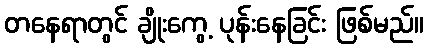
တနေရာတွင် ချိုးကွေ့ ပုန်းနေခြင်း ဖြစ်မည်။